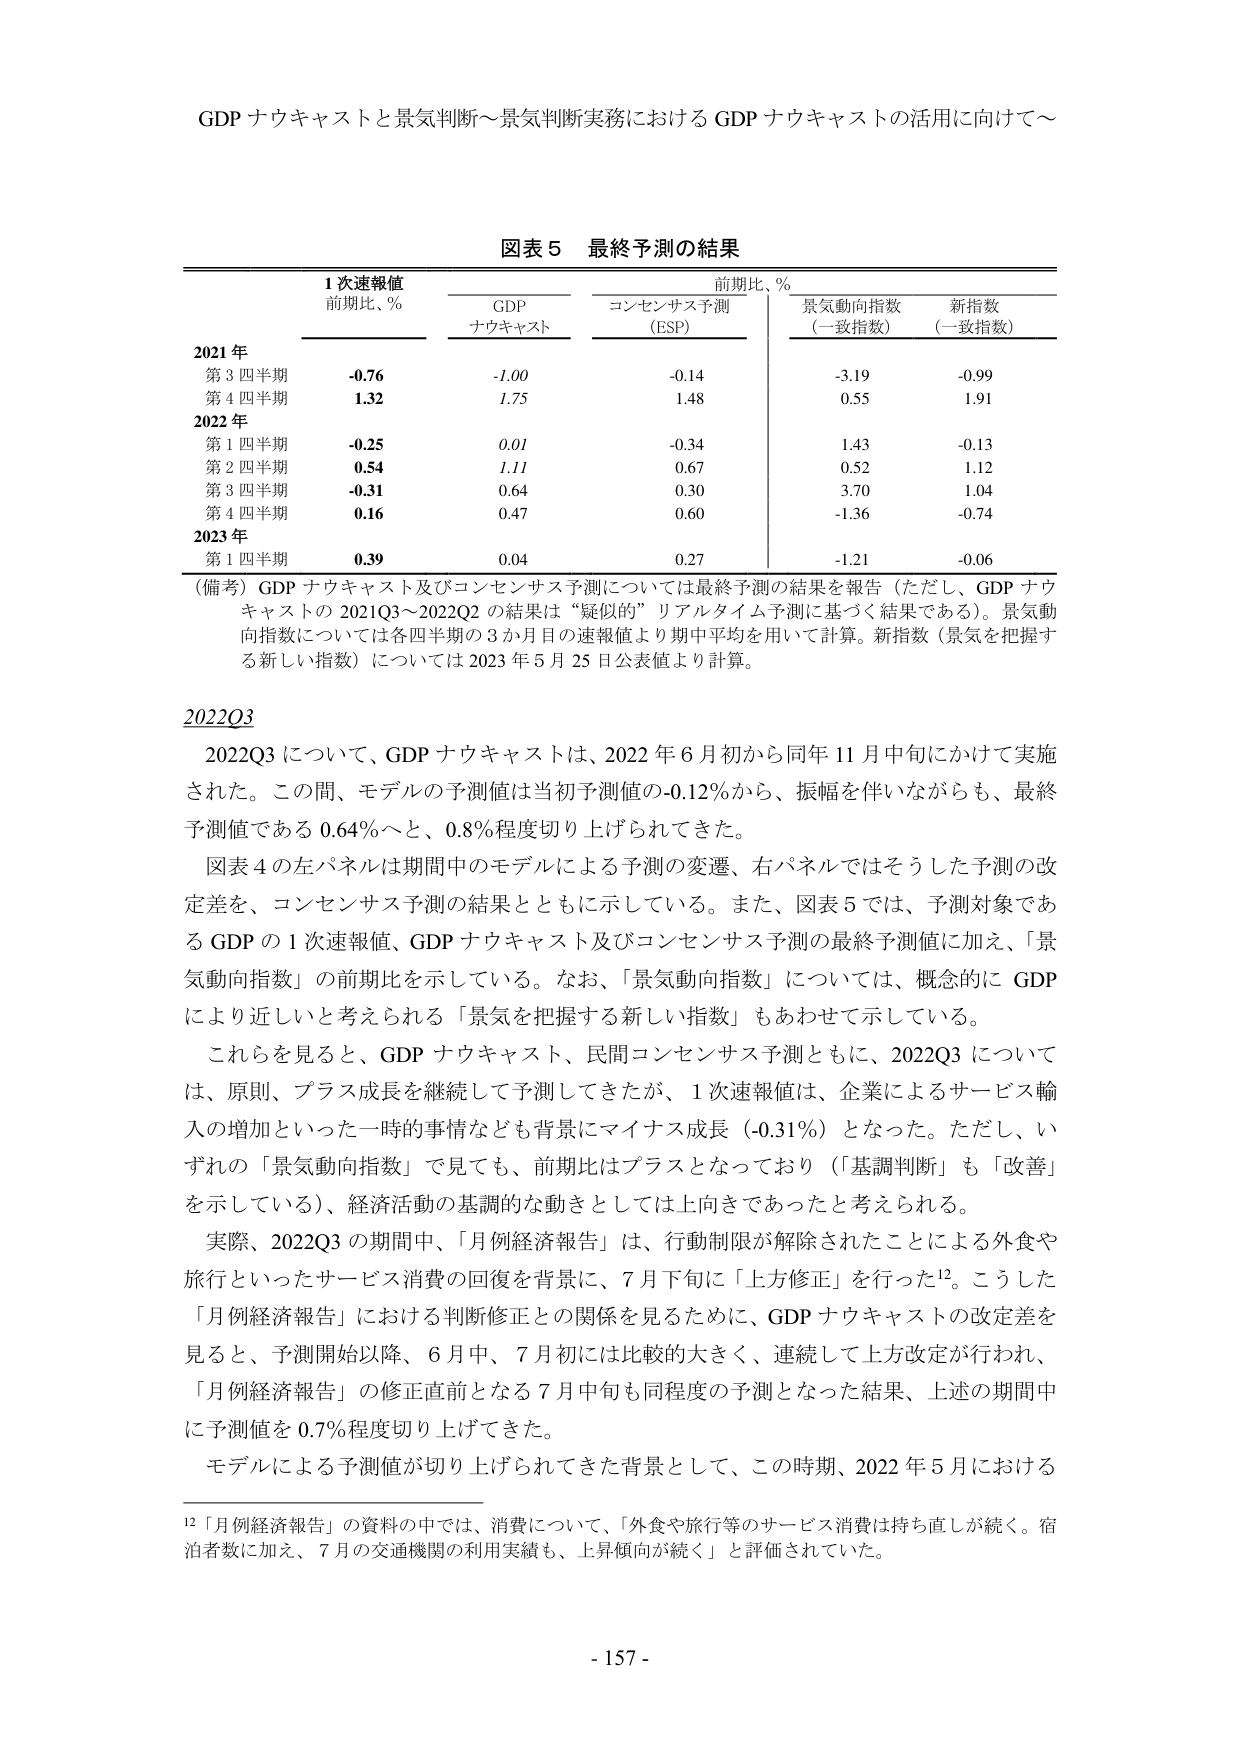
GDP ナウキャストと景気判断～景気判断実務における GDP ナウキャストの活用に向けて～

図表５ 最終予測の結果

1 次速報値
前期比、％

GDP
ナウキャスト

前期比、％

コンセンサス予測
（ESP）

景気動向指数
（一致指数）

新指数
（一致指数）

2021 年
第 3 四半期
-0.76
-1.00
-0.14
-3.19
-0.99
第 4 四半期
1.32
1.75
1.48
0.55
1.91

2022 年
第 1 四半期
-0.25
0.01
-0.34
1.43
-0.13
第 2 四半期
0.54
1.11
0.67
0.52
1.12
第 3 四半期
-0.31
0.64
0.30
3.70
1.04
第 4 四半期
0.16
0.47
0.60
-1.36
-0.74

2023 年
第 1 四半期
0.39
0.04
0.27
-1.21
-0.06

（備考）GDP ナウキャスト及びコンセンサス予測については最終予測の結果を報告（ただし、GDP ナウ
キャストの 2021Q3～2022Q2 の結果は“疑似の”リアルタイム予測に基づく結果である）。景気動
向指数については各四半期の 3 か月目の速報値より期中平均を用いて計算。新指数（景気を把握す
る新しい指数）については 2023 年 5 月 25 日公表値より計算。

2022Q3

2022Q3 について、GDP ナウキャストは、2022 年 6 月初から同年 11 月中旬にかけて実施
された。この間、モデルの予測値は当初予測値の-0.12％から、振幅を伴いながらも、最終
予測値である 0.64％へと、0.8％程度切り上げられてきた。

図表 4 の左パネルは期間中のモデルによる予測の変遷、右パネルではそうした予測の改
定差を、コンセンサス予測の結果とともに示している。また、図表 5 では、予測対象であ
る GDP の 1 次速報値、GDP ナウキャスト及びコンセンサス予測の最終予測値に加え、「景
気動向指数」の前期比を示している。なお、「景気動向指数」については、概念的に GDP
により近しいと考えられる「景気を把握する新しい指数」もあわせて示している。

これらを見ると、GDP ナウキャスト、民間コンセンサス予測ともに、2022Q3 について
は、原則、プラス成長を継続して予測してきたが、1 次速報値は、企業によるサービス輸
入の増加といった一時的事情なども背景にマイナス成長（-0.31％）となった。ただし、い
ずれの「景気動向指数」で見ても、前期比はプラスとなっており（「基調判断」も「改善」
を示している）、経済活動の基調的な動きとしては上向きであったと考えられる。

実際、2022Q3 の期間中、「月例経済報告」は、行動制限が解除されたことによる外食や
旅行といったサービス消費の回復を背景に、7 月下旬に「上方修正」を行った12。こうした
「月例経済報告」における判断修正との関係を見るために、GDP ナウキャストの改定差を
見ると、予測開始以降、6 月中、7 月初には比較的大きく、連続して上方改定が行われ、
「月例経済報告」の修正直前となる 7 月中旬も同程度の予測となった結果、上述の期間中
に予測値を 0.7％程度切り上げてきた。

モデルによる予測値が切り上げられてきた背景として、この時期、2022 年 5 月における

12 「月例経済報告」の資料の中では、消費について、「外食や旅行等のサービス消費は持ち直しが続く。宿
泊者数に加え、7 月の交通機関の利用実績も、上昇傾向が続く」と評価されていた。

- 157 -